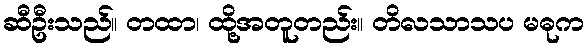
ဆီဦးသည်။ တထာ၊ ထို့အတူတည်း။ တိလသာသပ မဓုက